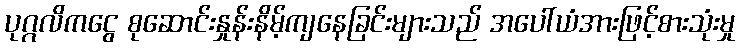
ပုဂ္ဂလိကငွေ စုဆောင်းနှုန်းနိမ့်ကျနေခြင်းများသည် အပေါ်ယံအားဖြင့်စားသုံးမှု